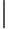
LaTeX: \mid